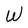
Character: W